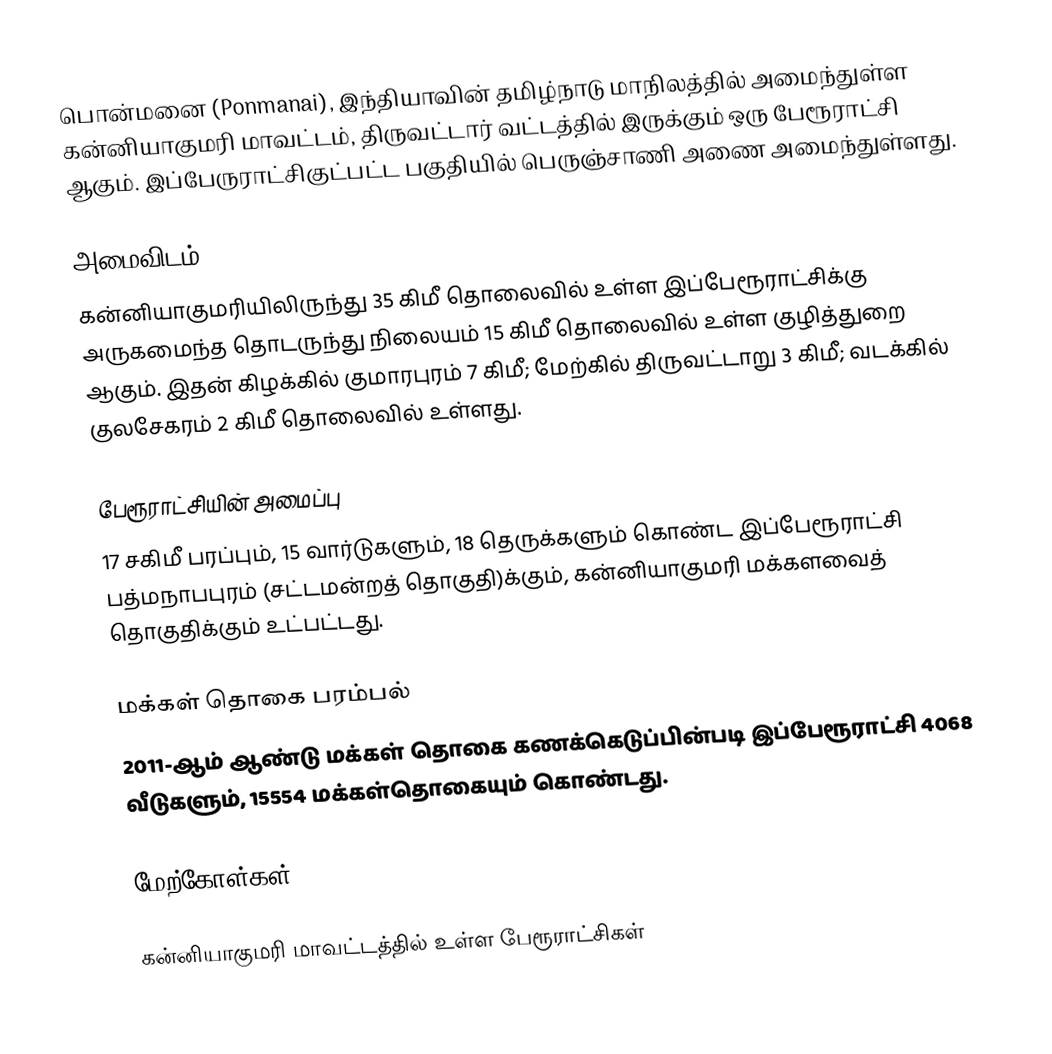
பொன்மனை (Ponmanai), இந்தியாவின் தமிழ்நாடு மாநிலத்தில் அமைந்துள்ள கன்னியாகுமரி மாவட்டம், திருவட்டார் வட்டத்தில் இருக்கும் ஒரு பேரூராட்சி ஆகும். இப்பேருராட்சிகுட்பட்ட  பகுதியில் பெருஞ்சாணி அணை அமைந்துள்ளது.

அமைவிடம்
கன்னியாகுமரியிலிருந்து  35 கிமீ தொலைவில் உள்ள  இப்பேரூராட்சிக்கு அருகமைந்த தொடருந்து நிலையம் 15 கிமீ தொலைவில் உள்ள குழித்துறை ஆகும். இதன் கிழக்கில் குமாரபுரம் 7 கிமீ; மேற்கில் திருவட்டாறு 3 கிமீ; வடக்கில் குலசேகரம் 2 கிமீ தொலைவில் உள்ளது.

பேரூராட்சியின் அமைப்பு
17  சகிமீ பரப்பும்,  15 வார்டுகளும்,   18 தெருக்களும் கொண்ட இப்பேரூராட்சி  பத்மநாபபுரம்  (சட்டமன்றத் தொகுதி)க்கும், கன்னியாகுமரி மக்களவைத் தொகுதிக்கும் உட்பட்டது.

மக்கள் தொகை பரம்பல்
2011-ஆம் ஆண்டு மக்கள் தொகை கணக்கெடுப்பின்படி  இப்பேரூராட்சி   4068 வீடுகளும், 15554  மக்கள்தொகையும் கொண்டது.

மேற்கோள்கள்

கன்னியாகுமரி மாவட்டத்தில் உள்ள பேரூராட்சிகள்